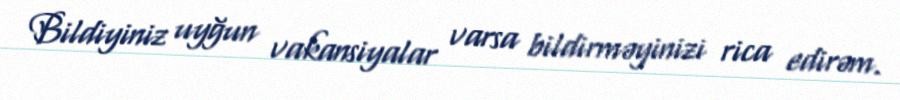
Bildiyiniz uyğun vakansiyalar varsa bildirməyinizi rica edirəm.